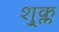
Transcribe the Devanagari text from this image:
शु्क्ल